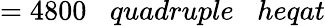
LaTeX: =4800\; \; \; quadruple\; \; \; heqat